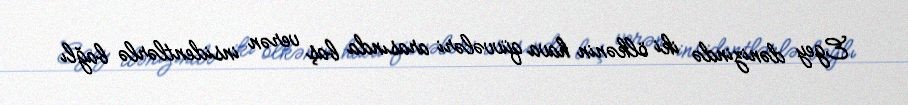
Egey dənizində iki ölkənin hava qüvvələri arasında baş verən insidentlərlə bağlı